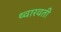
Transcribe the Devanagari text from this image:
थ्वारवती